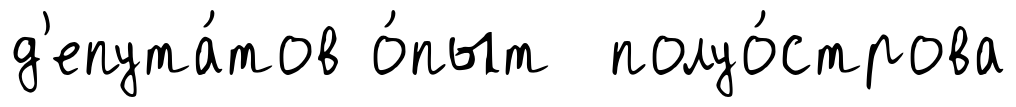
д'епута́тов о́пыт полуо́строва